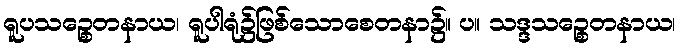
ရူပသဉ္စေတနာယ၊ ရူပါရုံ၌ဖြစ်သောစေတနာ၌။ ပ။ သဒ္ဒသဉ္စေတနာယ၊